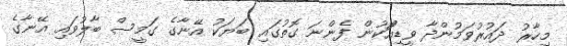
މިހާރު ދައުރުވަމުންދާ ވީޑިއޯަކުން ފެންނަ ގޮތުގައި ބަޔަކު އޭނާގެ ގަމީސް ބާލުވައި އޭނާގެ